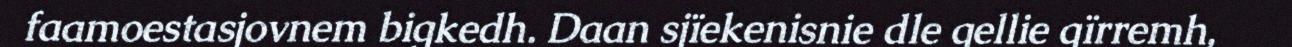
faamoestasjovnem bigkedh. Daan sjïekenisnie dle gellie gïrremh,